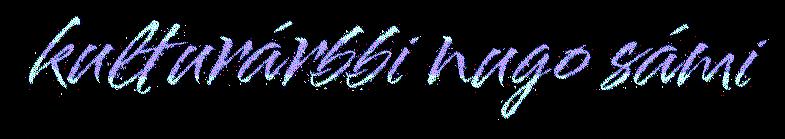
kulturárbbi nugo sámi